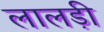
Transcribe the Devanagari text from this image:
लालड़ी